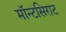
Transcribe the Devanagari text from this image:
मॉन्टसिराट